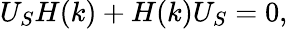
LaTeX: {U_{S}H(k)+H(k)U_{S}=0,}